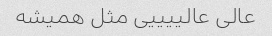
عالی عالییییی مثل همیشه